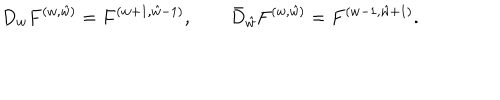
{ D _ { w } F ^ { ( w , \hat { w } ) } = F ^ { ( w + 1 , \hat { w } - 1 ) } , \qquad \bar { D } _ { \hat { w } } F ^ { ( w , \hat { w } ) } = F ^ { ( w - 1 , \hat { w } + 1 ) } . }